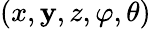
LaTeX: (x,\mathbf{y},z,\varphi,\theta)